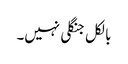
بالکل جنگلی نہیں۔